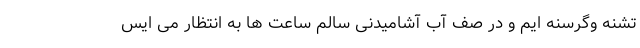
تشنه وگرسنه ایم و در صف آب آشامیدنی سالم ساعت ها به انتظار می ایس